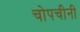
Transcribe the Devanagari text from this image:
चोपचीनी